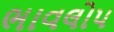
ભાવલોપ